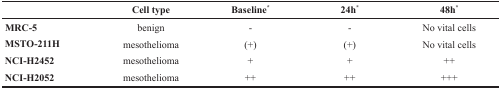
|  | Cell type | Baseline* | 24h* | 48h* |
 | --- | --- | --- | --- | --- |
 | MRC-5 | benign | - | - | No vital cells |
 | MSTO-211H | mesothelioma | (+) | (+) | No vital cells |
 | NCI-H2452 | mesothelioma | + | + | ++ |
 | NCI-H2052 | mesothelioma | ++ | ++ | +++ |